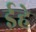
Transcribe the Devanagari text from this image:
ईहे